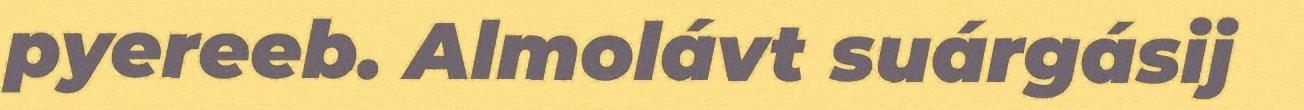
pyereeb. Almolávt suárgásij